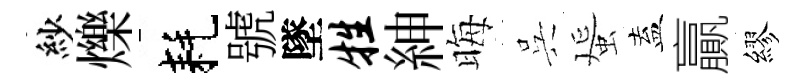
紗爍耗號墜牲紳晦呉蜑盍贏繆